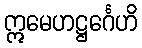
ဣမေဟဋ္ဌင်္ဂေဟိ